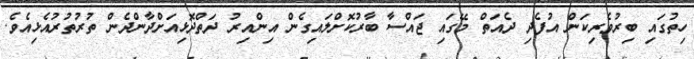
ހިތުގައި ބިރުވެރިކަން އުފެދި ދެއަތް މޭގައި ޖައްސާ ބާރުކޮށްލައިގެން އިންއިރު ދަތްދޮޅިއަށްދާންދެން ތުރުތުރުއެޅިއެވެ.